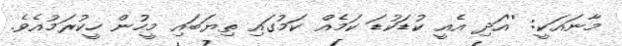
މާނައަކީ: ''އަދި އެއީ ކުޑަކުޑަ ކަމެއް ކަމުގައި ތިޔަބައި މީހުން ހީކުރަމުއެވެ.